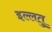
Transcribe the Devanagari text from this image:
इल्लतु